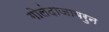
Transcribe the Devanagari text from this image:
गोलंदाजावरुन